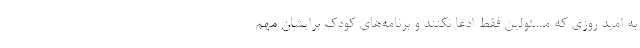
به امید روزی که مسئولین فقط ادعا نکنند و برنامه‌های کودک برایشان مهم